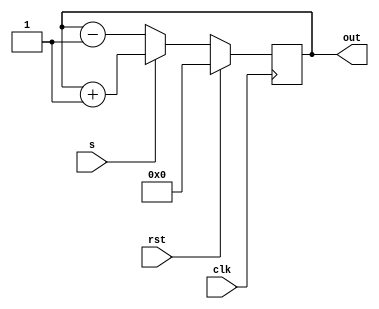
module n_bit_counter (out,clk,rst,s); // nbit_up_down_counter
  parameter n = 4;
  input clk,rst,s;
  output reg [n-1:0] out;
  always @ (posedge clk)
  begin
    if(rst)
      out <= 0;
    else
      out <= (s)?out+1:out-1;
    end
  endmodule